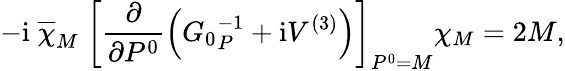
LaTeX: -\mathrm{i}\; \overline{{\chi}}_{M}\; \left[\frac{\partial}{\partial P^{0}}\left({G_{0}}_{P}^{-1}+\mathrm{i}V^{(3)}\right)\right]_{P^{0}=M}\chi_{M}=2M,